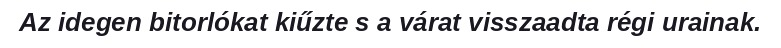
Az idegen bitorlókat kiűzte s a várat visszaadta régi urainak.